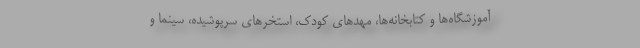
آموزشگاه‌ها و کتابخانه‌ها، مهدهای کودک، استخرهای سرپوشیده، سینما و